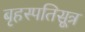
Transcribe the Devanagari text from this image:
बृहस्पतिसूत्र